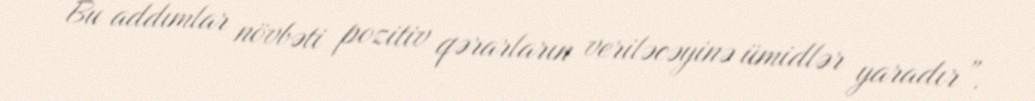
Bu addımlar növbəti pozitiv qərarların veriləcəyinə ümidlər yaradır”.